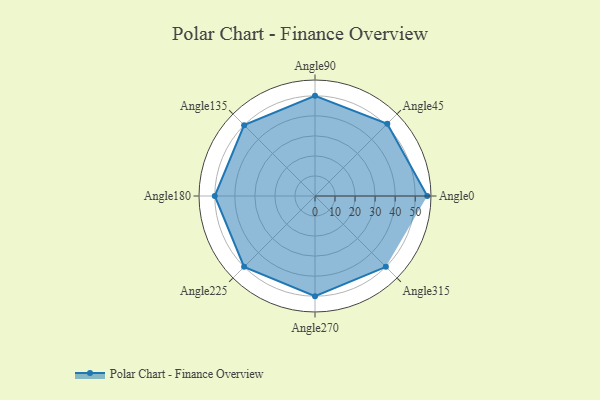
{"axis": {"x": "Angle", "y": "Radius"}, "legend": [""], "data": [{"x": "Angle0", "y": 56.0, "type": ""}, {"x": "Angle45", "y": 51.0, "type": ""}, {"x": "Angle90", "y": 50, "type": ""}, {"x": "Angle135", "y": 50, "type": ""}, {"x": "Angle180", "y": 50, "type": ""}, {"x": "Angle225", "y": 50, "type": ""}, {"x": "Angle270", "y": 50, "type": ""}, {"x": "Angle315", "y": 50, "type": ""}]}